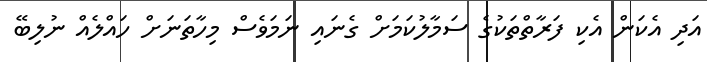
އަދި އެކަން އެކި ފަރާތްތަކުގެ ސަމާލުކަމަށް ގެނައި ނަމަވެސް މިހާތަނަށް ހައްލެއް ނުލިބޭ